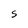
Character: S